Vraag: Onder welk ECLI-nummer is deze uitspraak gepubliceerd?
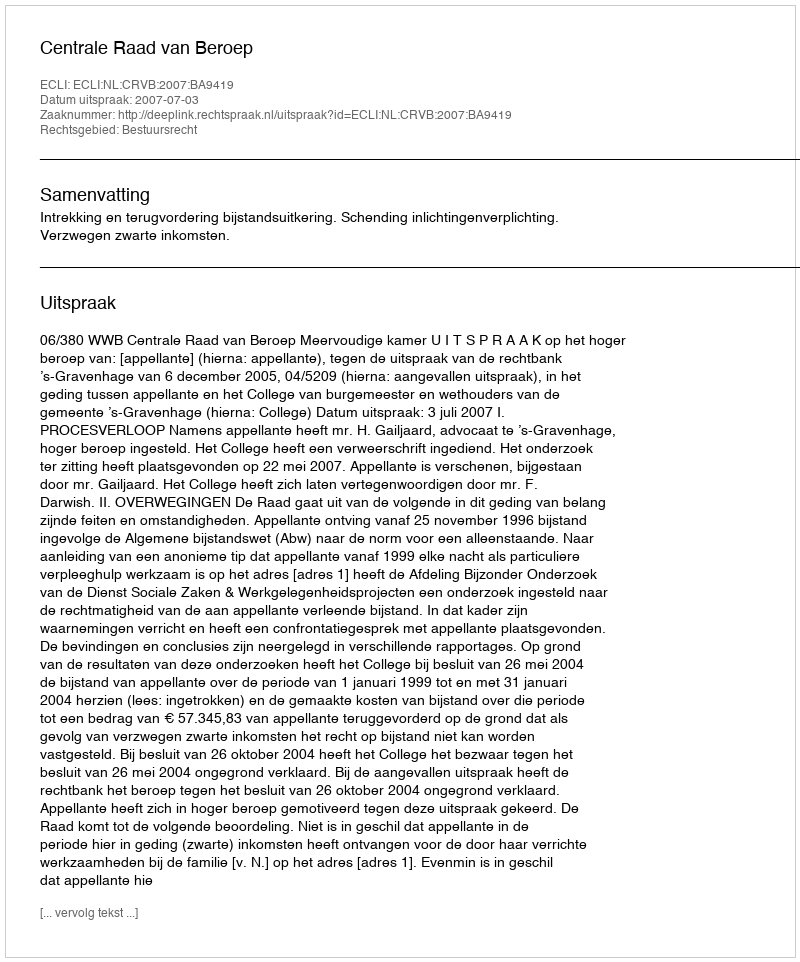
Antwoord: ECLI:NL:CRVB:2007:BA9419